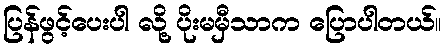
ပြန်ဖွင့်ပေးပါ လို့ ပိုးမမှီသာက ပြောပါတယ်။